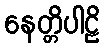
နေတ္တိပါဠိ